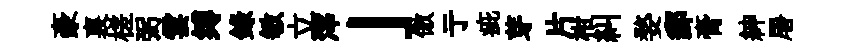
豪裏槎弼雲缚録敏立滓」傲亍疵芽片柑糾婺郵膏紳屠